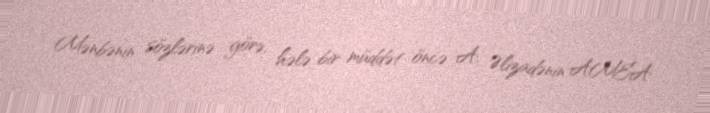
Mənbənin sözlərinə görə, hələ bir müddət öncə A. Əlizadənin AMEA